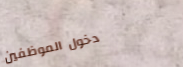
دخول الموظفين